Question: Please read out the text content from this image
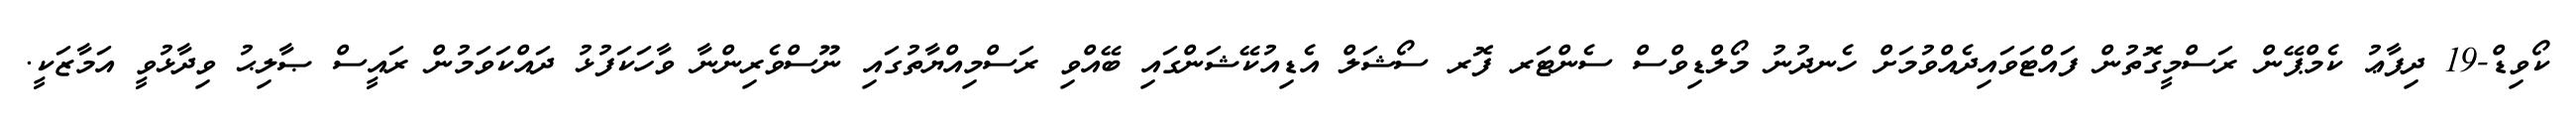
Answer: ކޯވިޑް-19 ދިފާޢު ކެމްޕޭން ރަސްމީގޮތުން ފައްޓަވައިދެއްވުމަށް ހެނދުނު މޯލްޑިވްސް ސެންޓަރ ފޮރ ސޯޝަލް އެޑިއުކޭޝަންގައި ބޭއްވި ރަސްމިއްޔާތުގައި ނޫސްވެރިންނާ ވާހަކަފުޅު ދައްކަވަމުން ރައީސް ޞާލިޙު ވިދާޅުވީ އަމާޒަކީ.